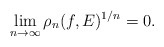
\begin{align*} \lim_{n\to\infty}\rho_n(f, E)^{1/n}= 0 .\end{align*}